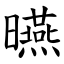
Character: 曣